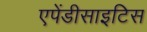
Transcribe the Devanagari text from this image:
एपेंडीसाइटिस